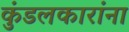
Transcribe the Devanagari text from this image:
कुंडलकारांना